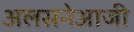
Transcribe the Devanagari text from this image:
अलसनेआजी